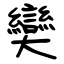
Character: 奱